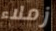
زملاء